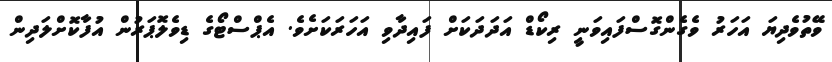
ވޭތުވެދިޔަ އަހަރު ވެގެންގޮސްފައިވަނީ ރިކޯޑް އަދަދަކަށް ފައިދާވި އަހަރަކަށެވެ. އެޕްސްޓޯގެ ޑިވެލޮޕަރުން އުފާކޮށްލަދިން